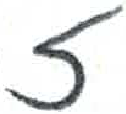
אות: ז